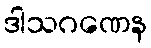
ဒါသဂဏေန